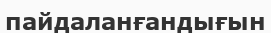
пайдаланғандығын